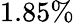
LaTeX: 1.85\%